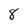
Character: 8